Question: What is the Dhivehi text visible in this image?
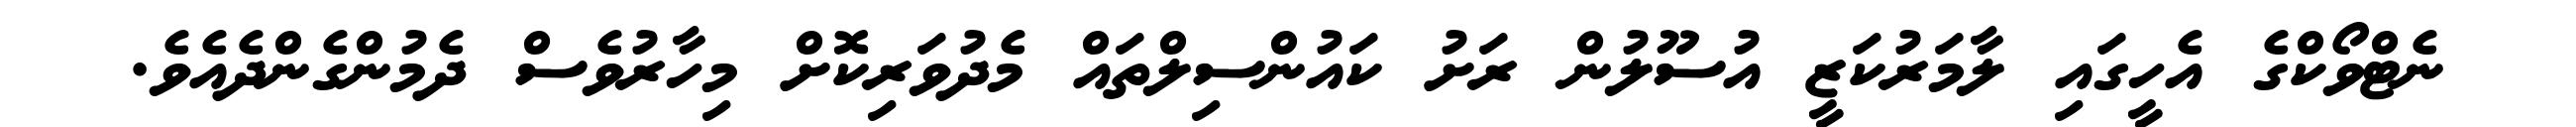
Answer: ނެޓްވޯކްގެ އެހީގައި ލާމަރުކަޒީ އުސޫލުން ރަށު ކައުންސިލްތައް މެދުވަރިކޮށް މިހާރުވެސް ދެމުންގެންދެއެވެ.